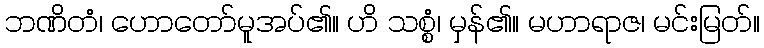
ဘဏိတံ၊ ဟောတော်မူအပ်၏။ ဟိ သစ္စံ၊ မှန်၏။ မဟာရာဇ၊ မင်းမြတ်။